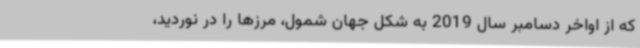
که از اواخر دسامبر سال 2019 به شکل جهان شمول، مرزها را در نوردید،